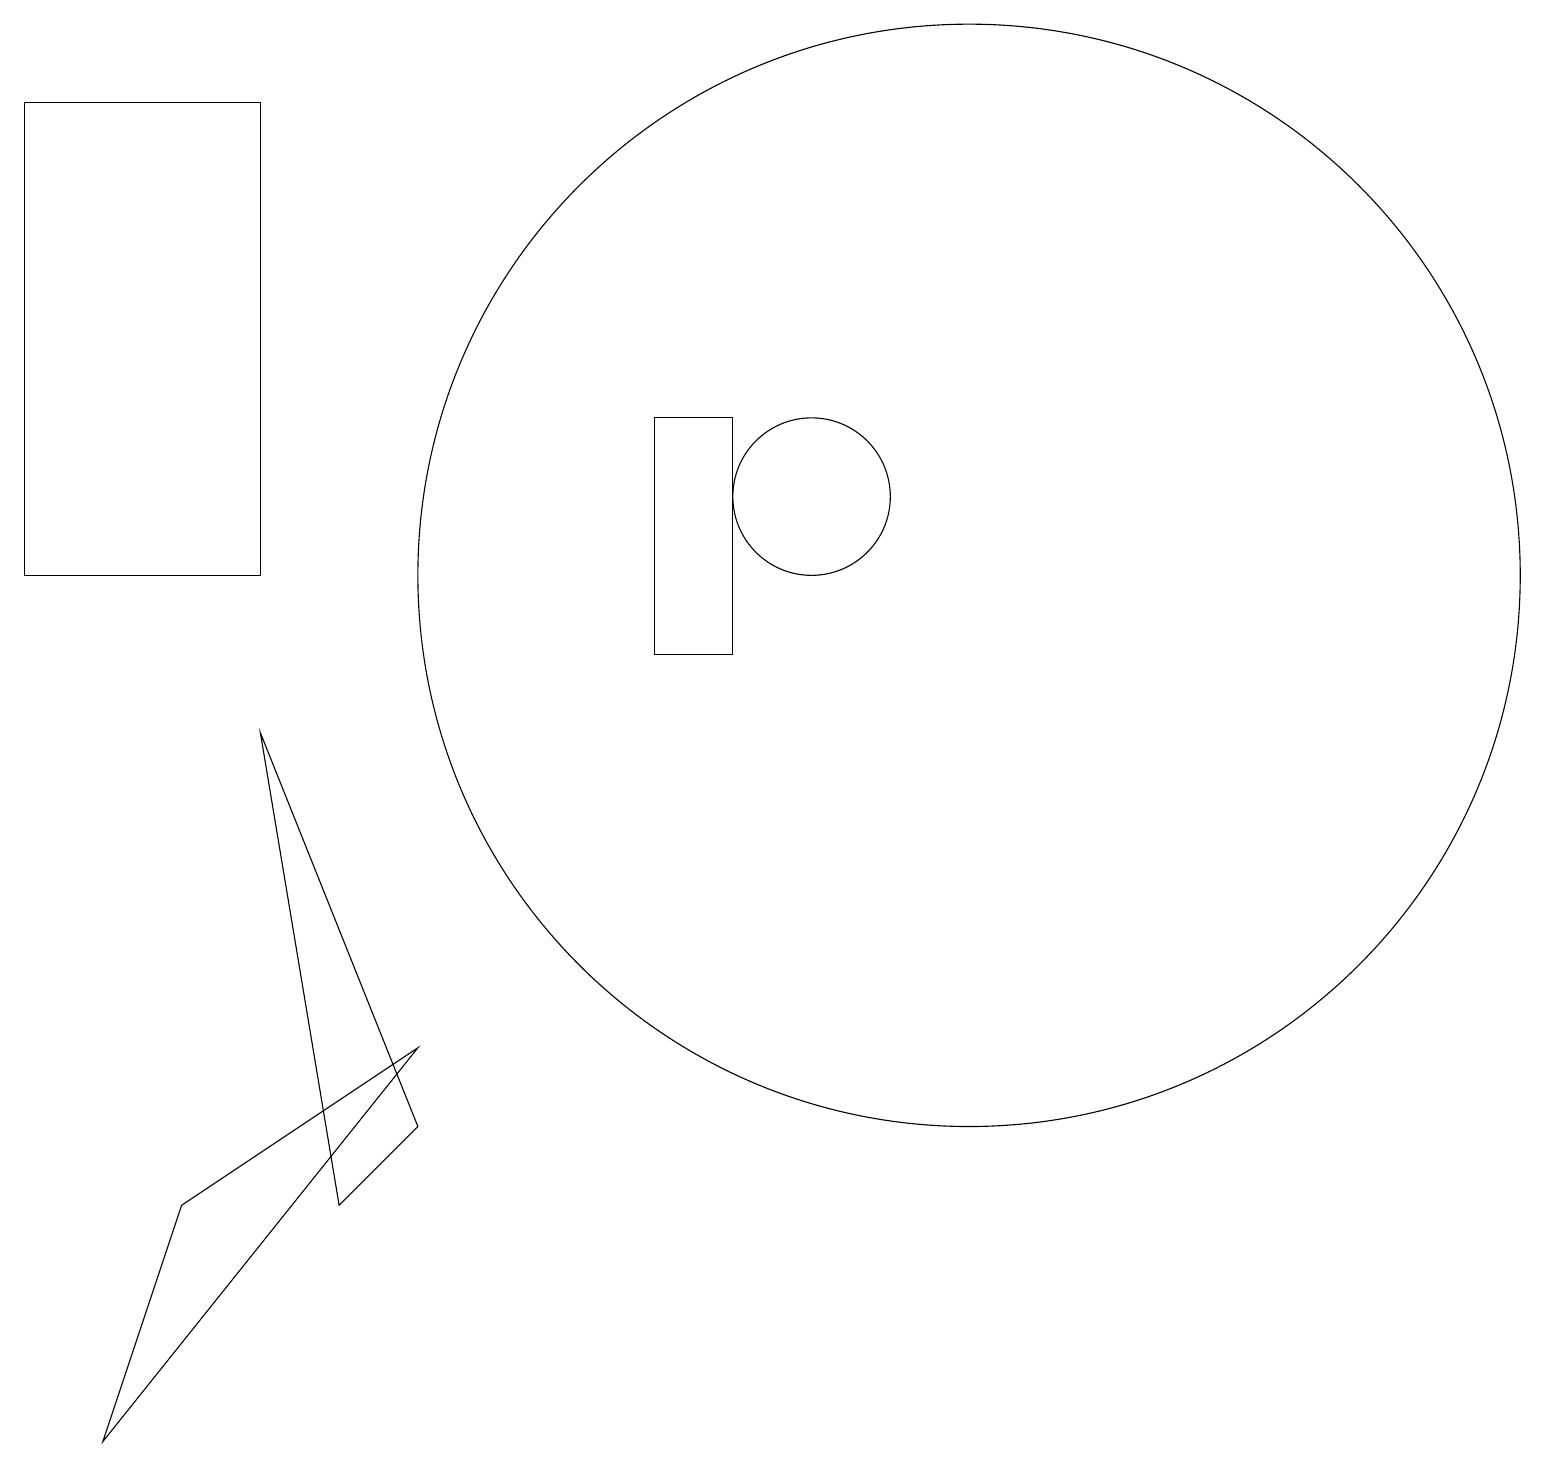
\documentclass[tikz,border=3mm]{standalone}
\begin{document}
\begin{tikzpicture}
\draw (10,12) circle (1);
\draw (12,11) circle (7);
\draw (3,11) rectangle (0,17);
\draw (3,9) -- (4,3) -- (5,4) -- cycle;
\draw (8,10) rectangle (9,13);
\draw (1,0) -- (2,3) -- (5,5) -- cycle;
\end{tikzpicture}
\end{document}